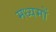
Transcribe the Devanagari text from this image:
मध्यमों